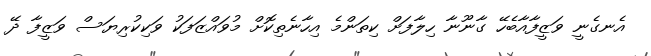
އެނގެނީ ވަޒީފާއާބެހޭ ގާނޫނާ ހިލާފަށް ކިތަންމެ އިހާނެތިކޮށް މުވައްޒަފަކު ވަކިކުރިޔަސް ވަޒީފާ ދޭ